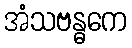
အံသဗန္ဓကေ